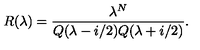
R ( \lambda ) = \frac { \lambda ^ { N } } { Q ( \lambda - i / 2 ) Q ( \lambda + i / 2 ) } .